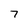
Character: 7